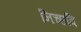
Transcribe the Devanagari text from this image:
निच्छवि